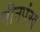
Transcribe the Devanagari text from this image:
मीनपंख